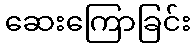
ဆေးကြောခြင်း